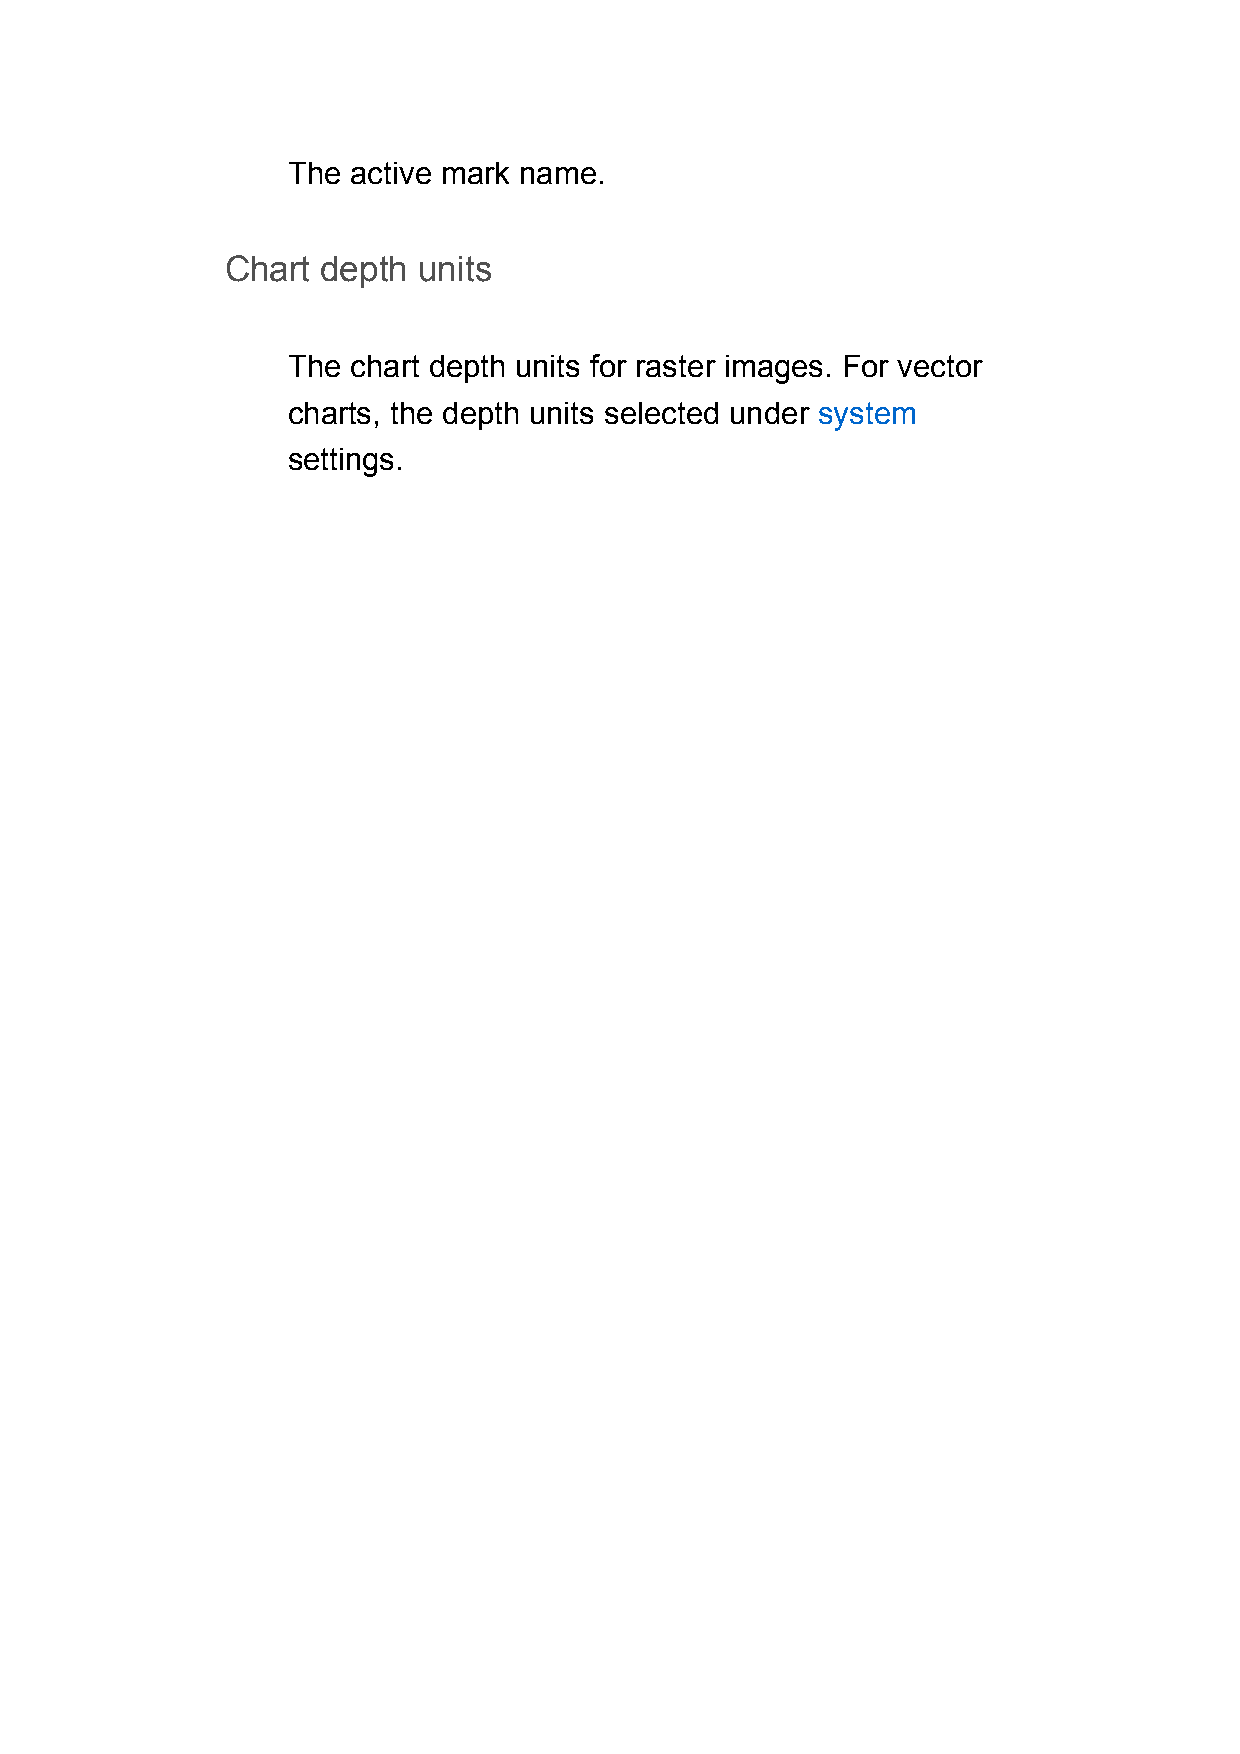
The active mark name.
 Chart depth  units
 The chart depth units for raster images. For vector
 charts, the depth units selected under system
 settings.